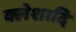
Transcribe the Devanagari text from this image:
क्लेशादि